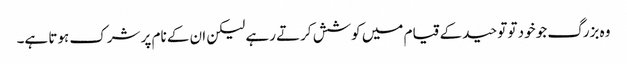
وہ بزرگ جو خود تو توحید کے قیام میں کوشش کرتے رہے لیکن ان کے نام پر شرک ہوتا ہے۔